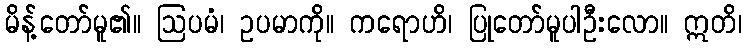
မိန့်တော်မူ၏။ ဩပမံ၊ ဥပမာကို။ ကရောဟိ၊ ပြုတော်မူပါဦးလော။ ဣတိ၊